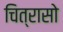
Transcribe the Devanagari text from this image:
चित्रासो